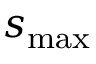
s _ { \mathrm { m a x } }